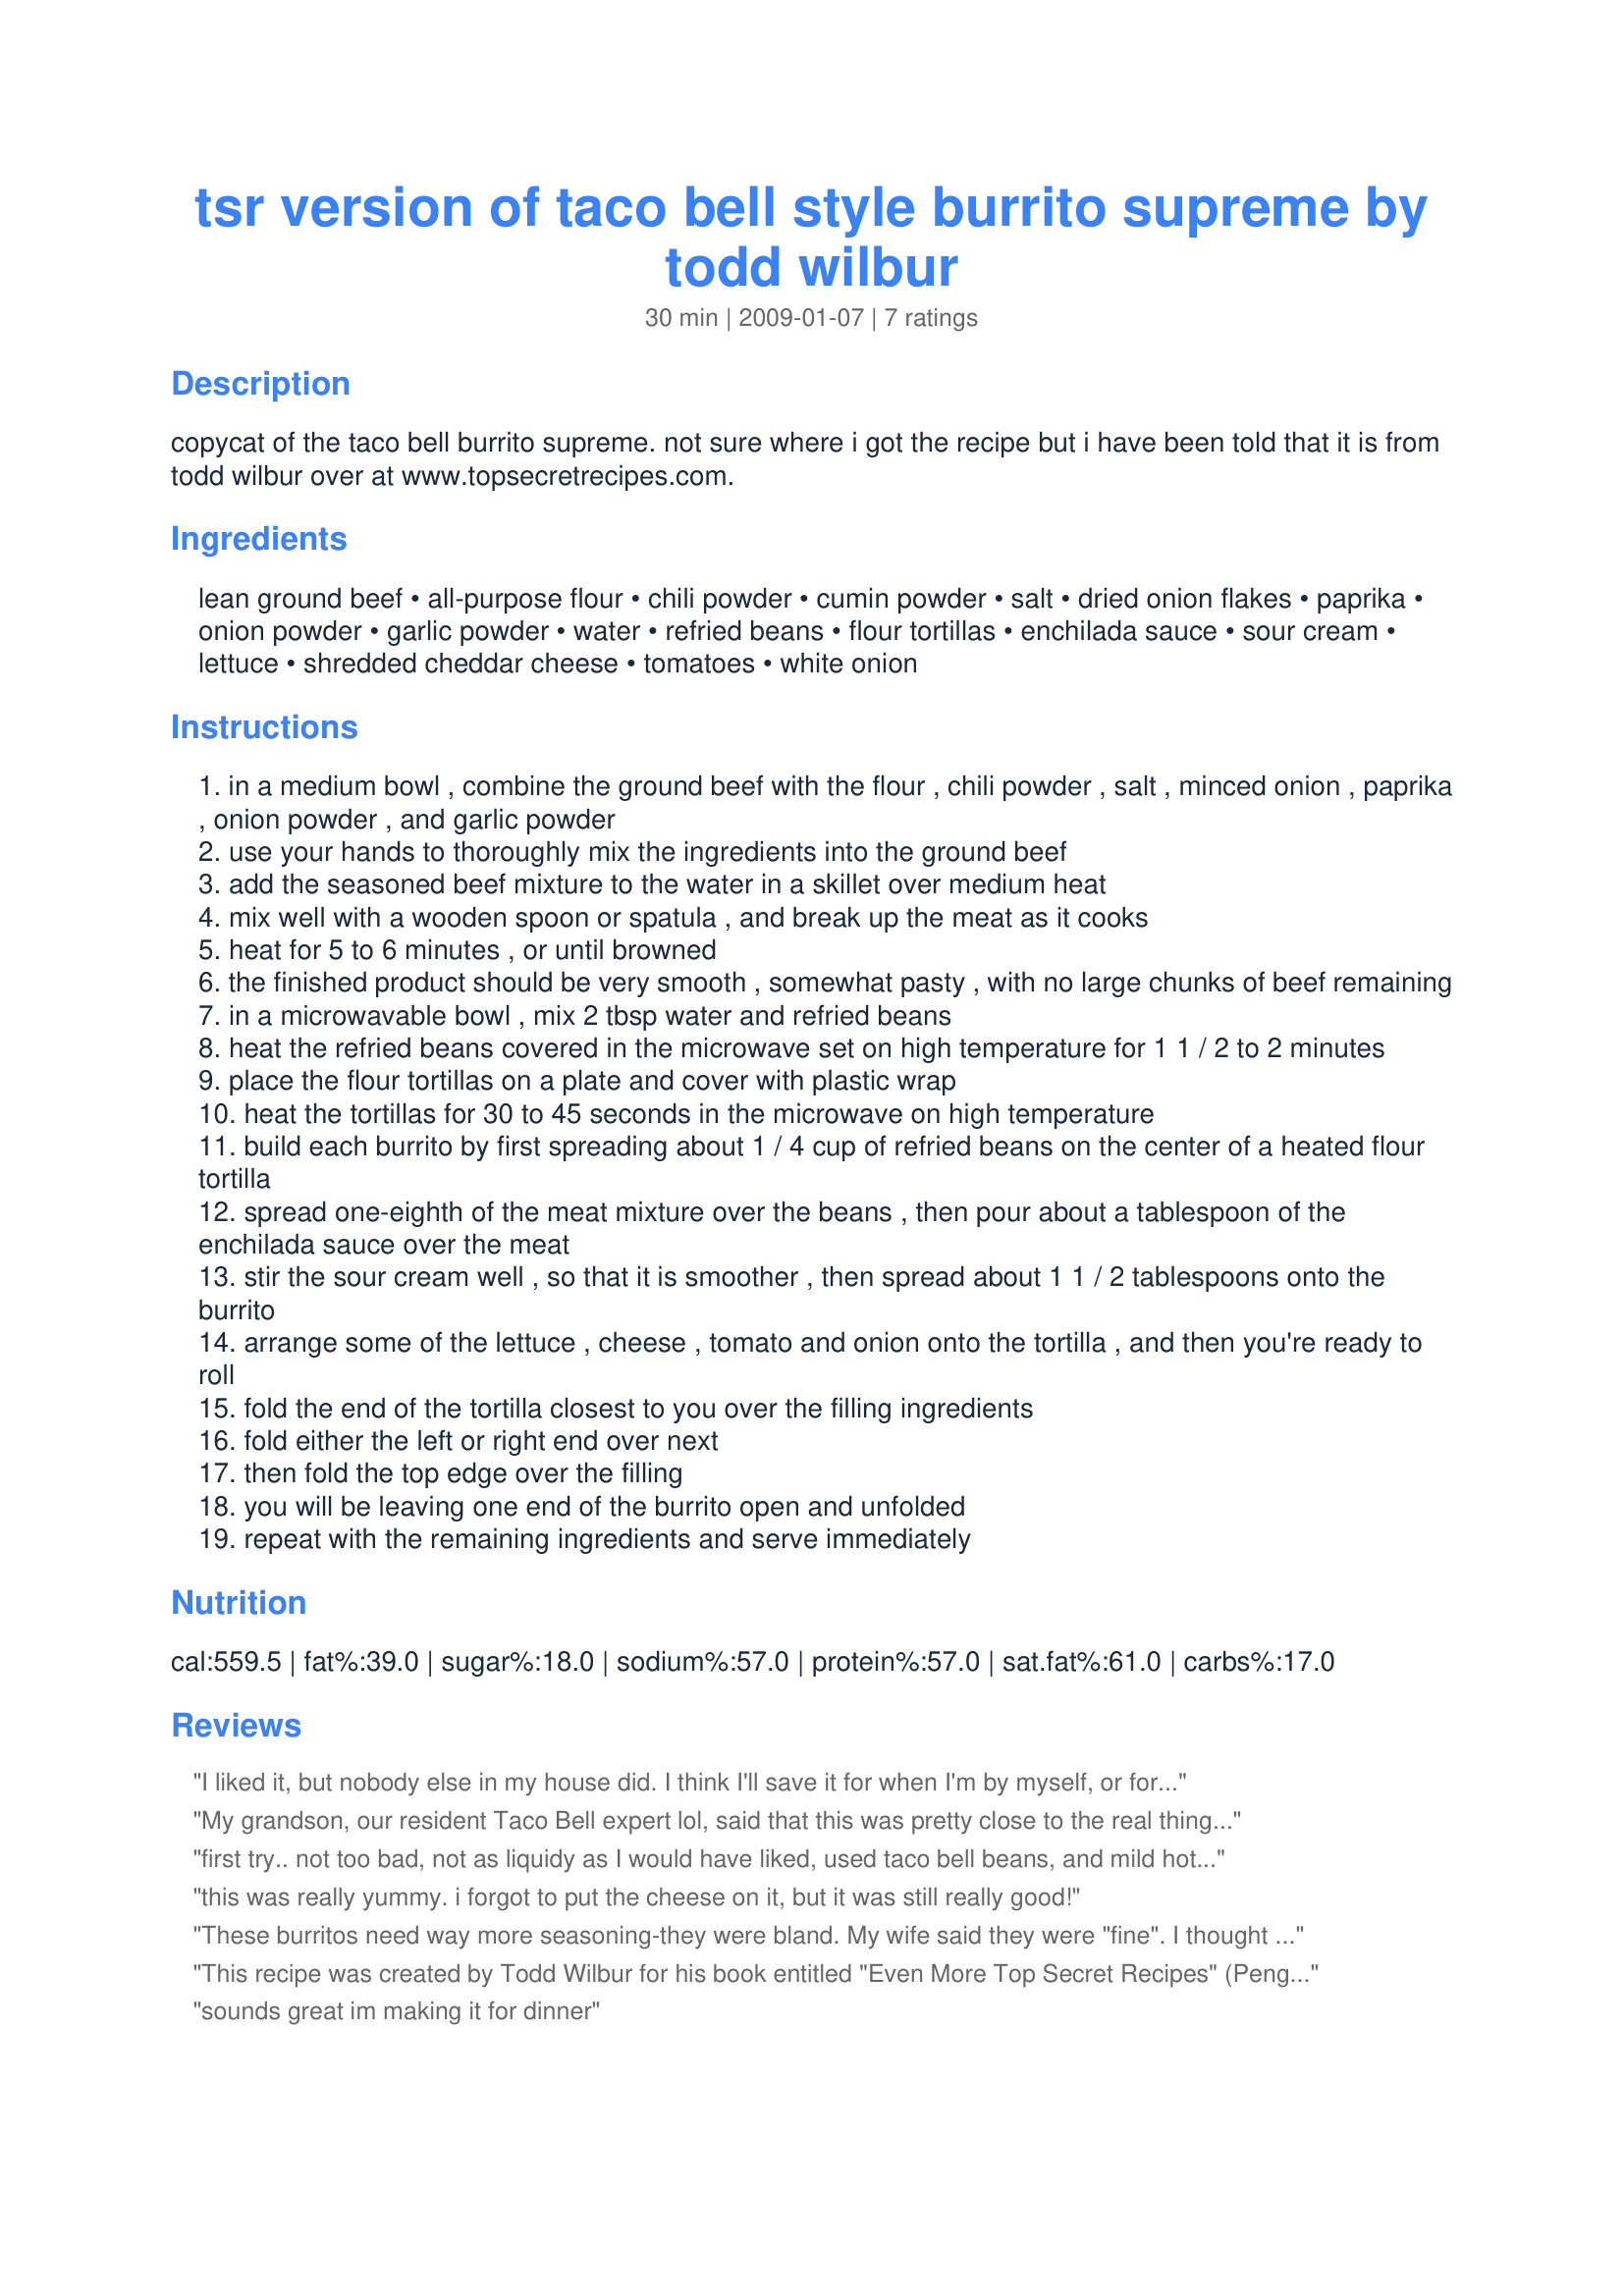
tsr version of taco bell style burrito supreme by todd wilbur
Preparation time: 30 minutes

copycat of the taco bell burrito supreme. not sure where i got the recipe but i have been told that it is from todd wilbur over at www.topsecretrecipes.com.

Ingredients:
lean ground beef, all-purpose flour, chili powder, cumin powder, salt, dried onion flakes, paprika, onion powder, garlic powder, water, refried beans, flour tortillas, enchilada sauce, sour cream, lettuce, shredded cheddar cheese, tomatoes, white onion

Steps:
in a medium bowl , combine the ground beef with the flour , chili powder , salt , minced onion , paprika , onion powder , and garlic powder
use your hands to thoroughly mix the ingredients into the ground beef
add the seasoned beef mixture to the water in a skillet over medium heat
mix well with a wooden spoon or spatula , and break up the meat as it cooks
heat for 5 to 6 minutes , or until browned
the finished product should be very smooth , somewhat pasty , with no large chunks of beef remaining
in a microwavable bowl , mix 2 tbsp water and refried beans
heat the refried beans covered in the microwave set on high temperature for 1 1 / 2 to 2 minutes
place the flour tortillas on a plate and cover with plastic wrap
heat the tortillas for 30 to 45 seconds in the microwave on high temperature
build each burrito by first spreading about 1 / 4 cup of refried beans on the center of a heated flour tortilla
spread one-eighth of the meat mixture over the beans , then pour about a tablespoon of the enchilada sauce over the meat
stir the sour cream well , so that it is smoother , then spread about 1 1 / 2 tablespoons onto the burrito
arrange some of the lettuce , cheese , tomato and onion onto the tortilla , and then you're ready to roll
fold the end of the tortilla closest to you over the filling ingredients
fold either the left or right end over next
then fold the top edge over the filling
you will be leaving one end of the burrito open and unfolded
repeat with the remaining ingredients and serve immediately

Reviews:
I liked it, but nobody else in my house did. I think I'll save it for when I'm by myself, or for a lunch menu.
My grandson, our resident Taco Bell expert lol, said that this was pretty close to the real thing. I don't know about that, but I sure enjoyed it. Thanks Celticevergreen for a nice lunch. Made for Zaar Chef Alphabet Soup tag.
first try.. not too bad, not as liquidy as I would have liked, used taco bell beans, and mild hot sause, needed more... added salsa, and sour cream, it helped, but seeing I am just starting to cook here, I figure I messed up made 1/2 recipe, any ideas would be appreciated.
this was really yummy. i forgot to put the cheese on it, but it was still really good!
These burritos need way more seasoning-they were bland. My wife said they were "fine". I thought they were blah.
This recipe was created by Todd Wilbur for his book entitled "Even More Top Secret Recipes" (Penguin/Putnam 2002)
sounds great im making it for dinner
